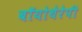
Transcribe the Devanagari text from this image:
बॉयोथेरेपी